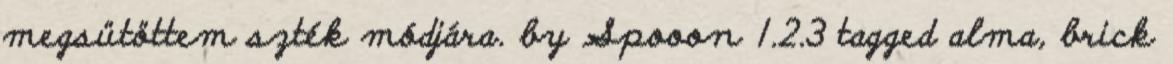
megsütöttem szték módjára. by Spooon 1.2.3 tagged alma, brick